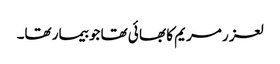
لعز ر مریم کا بھا ئی تھا جو بیمار تھا۔